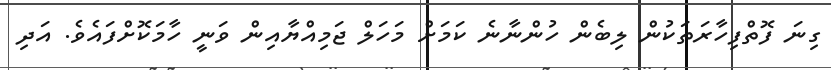
ގިނަ ފޮތްފިހާރަތަކުން ލިބެން ހުންނާނެ ކަމަށް މަހަލް ޖަމިއްޔާއިން ވަނީ ހާމަކޮށްފައެވެ. އަދި